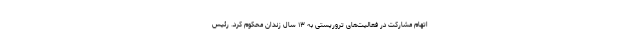
اتهام مشارکت در فعالیت‌های تروریستی به ۱۳ سال زندان محکوم کرد. رئیس